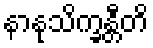
နာနုသိက္ခန္တီတိ